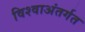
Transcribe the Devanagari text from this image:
विश्वाअंतर्गत